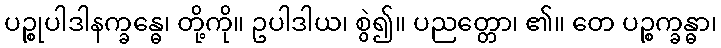
ပဉ္စုပါဒါနက္ခန္ဓေ၊ တို့ကို။ ဥပါဒါယ၊ စွဲ၍။ ပညတ္တော၊ ၏။ တေ ပဉ္စက္ခန္ဓာ၊